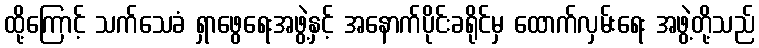
ထို့ကြောင့် သက်သေခံ ရှာဖွေရေးအဖွဲ့နှင့် အနောက်ပိုင်းခရိုင်မှ ထောက်လှမ်းရေး အဖွဲ့တို့သည်